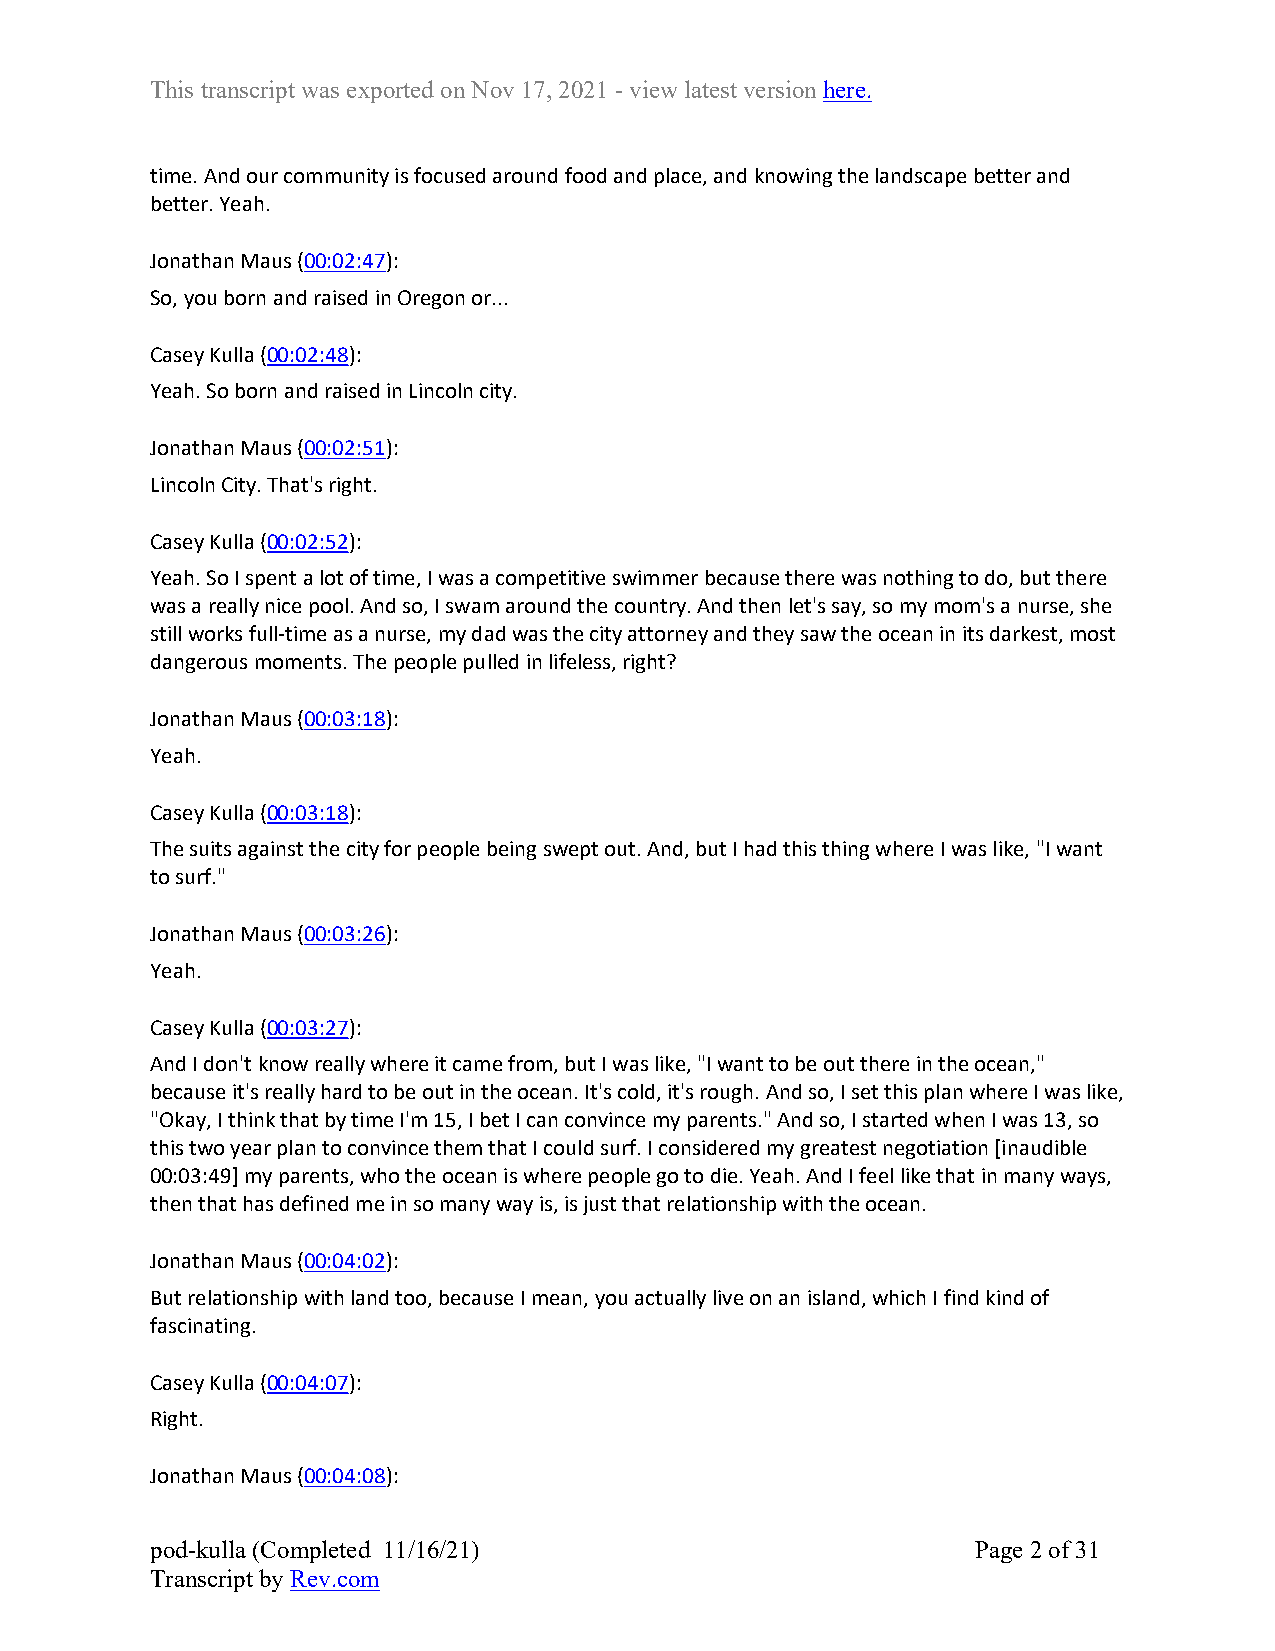
This transcript was exported on Nov 17, 2021 - view latest version here.
 time. And our community is focused around food and place, and knowing the landscape better and
 better. Yeah.
 Jonathan Maus (00:02:47):
 So, you born and raised in Oregon or...
 Casey Kulla (00:02:48):
 Yeah. So born and raised in Lincoln city.
 Jonathan Maus (00:02:51):
 Lincoln City. That's right.
 Casey Kulla (00:02:52):
 Yeah. So I spent a lot of time, I was a competitive swimmer because there was nothing to do, but there
 was a really nice pool. And so, I swam around the country. And then let's say, so my mom's a nurse, she
 still works full-time as a nurse, my dad was the city attorney and they saw the ocean in its darkest, most
 dangerous moments. The people pulled in lifeless, right?
 Jonathan Maus (00:03:18):
 Yeah.
 Casey Kulla (00:03:18):
 The suits against the city for people being swept out. And, but I had this thing where I was like, "I want
 to surf."
 Jonathan Maus (00:03:26):
 Yeah.
 Casey Kulla (00:03:27):
 And I don't know really where it came from, but I was like, "I want to be out there in the ocean,"
 because it's really hard to be out in the ocean. It's cold, it's rough. And so, I set this plan where I was like,
 "Okay, I think that by time I'm 15, I bet I can convince my parents." And so, I started when I was 13, so
 this two year plan to convince them that I could surf. I considered my greatest negotiation [inaudible
 00:03:49] my parents, who the ocean is where people go to die. Yeah. And I feel like that in many ways,
 then that has defined me in so many way is, is just that relationship with the ocean.
 Jonathan Maus (00:04:02):
 But relationship with land too, because I mean, you actually live on an island, which I find kind of
 fascinating.
 Casey Kulla (00:04:07):
 Right.
 Jonathan Maus (00:04:08):
 pod-kulla (Completed 11/16/21)                         Page 2 of 31
 Transcript by Rev.com